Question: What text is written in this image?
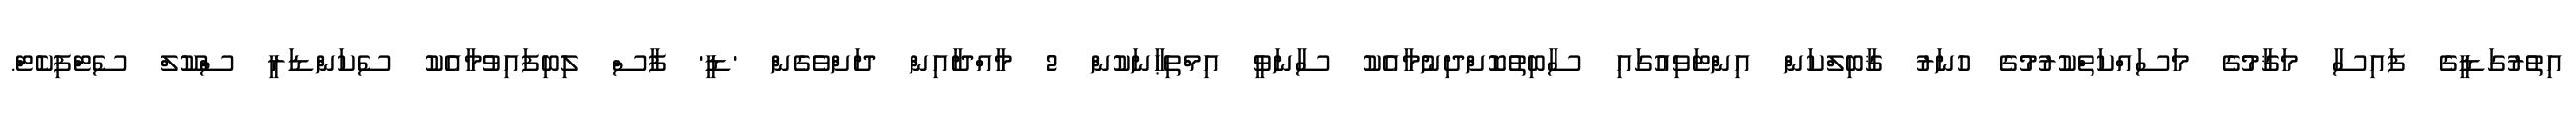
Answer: އިތުރުގަޑީގެ ފައިސާ މަޤާމުގެ މަސައްކަތްކުރުމުގެ ހުނަރު ޤާބިލްކަން އިންޓަވިއުގައި ސާބިތުކޮށްދިނުމާއެކު ސާނަވީ އިމްތިޙާނަކުން 2 މާއްދާއިން ދަށްވެގެން 'ޑީ' ފާސް ލިބިފައިވުމާއެކު ސެކަންޑަރީ ސްކޫލް ސެޓްފިކެޓް.